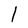
Character: 1